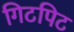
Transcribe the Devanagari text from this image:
गिटपिट